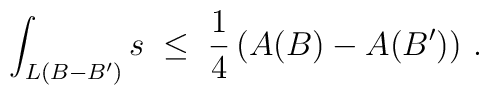
\int_{L(B-B')} s \; \leq \; \frac{1}{4} \left(A(B) - A(B')\right)\, .